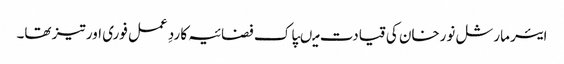
ایئر مارشل نورخان کی قیادت میںپاک فضائیہ کا ردِ عمل فوری اور تیز تھا۔